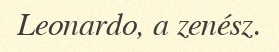
Leonardo, a zenész.